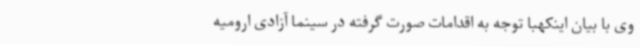
وی با بیان اینکهبا توجه به اقدامات صورت گرفته در سینما آزادی ارومیه